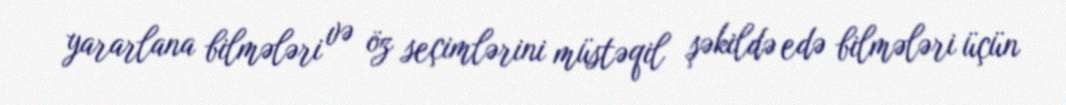
yararlana bilmələri və öz seçimlərini müstəqil şəkildə edə bilmələri üçün